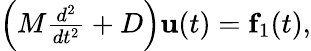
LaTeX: \begin{array}{r}{\left(M\frac{d^{2}}{dt^{2}}+D\right){\mathbf u}(t)={\mathbf f}_{1}(t),}\end{array}